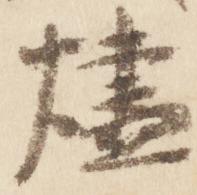
燼